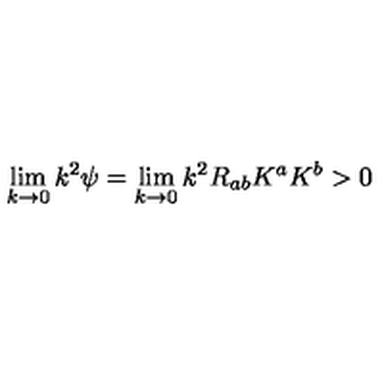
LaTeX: \lim _ { k \rightarrow 0 } k ^ { 2 } \psi = \lim _ { k \rightarrow 0 } k ^ { 2 } R _ { a b } K ^ { a } K ^ { b } > 0